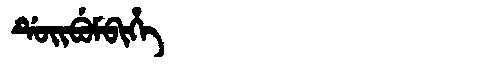
Manchu: ᡩᡠᡳᠪᡠᠮᠪᡳᡥᡝ
Romanization: DUIBUMBIHE